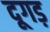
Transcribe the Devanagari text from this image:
दूगड़